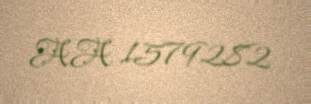
AA 1579282